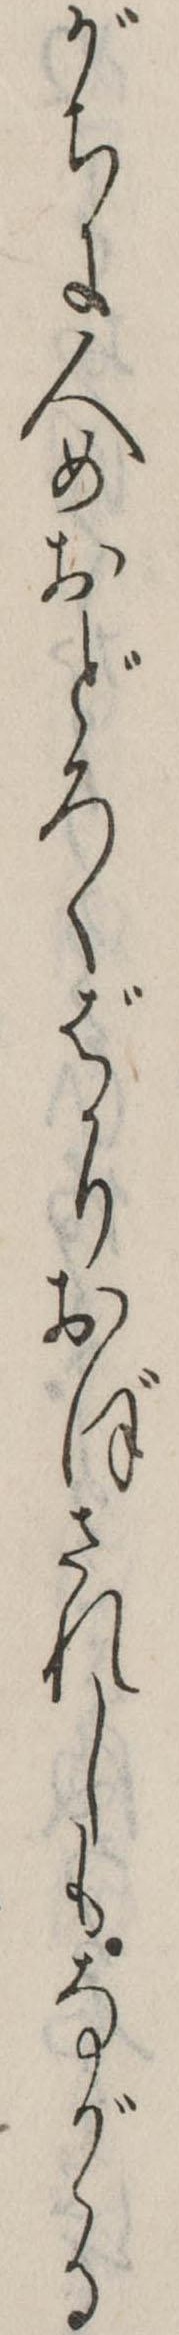
がちに人めおどろくばかりおぼされしもながゝる